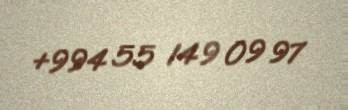
+994 55 149 09 97